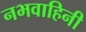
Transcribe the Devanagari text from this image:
नभवाहिनी